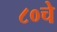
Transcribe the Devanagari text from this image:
८०चे